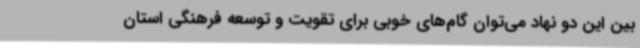
بین این دو نهاد می‌توان گام‌های خوبی برای تقویت و توسعه فرهنگی استان